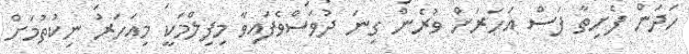
ހަދަން ފެށިތާ ފަސް އަހަރަށް ވުރެން ގިނަ ދުވަސްވެފައިވާ މިފިލްމަކީ މިއަހަރު ނިކުތުމަށް